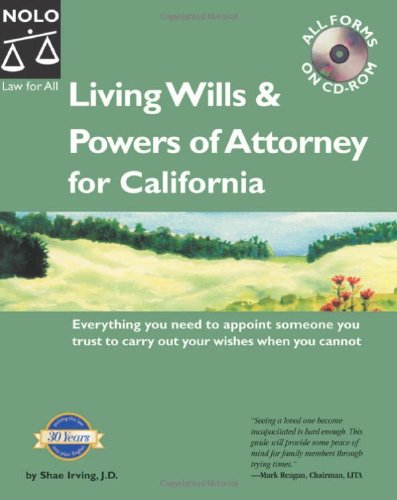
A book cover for Living Wills & Powers of Attorney for California; Shae, J.D. Irving; Law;